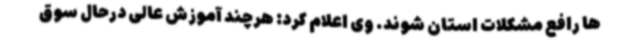
ها رافع مشکلات استان شوند. وی اعلام کرد: هرچند آموزش عالی درحال سوق